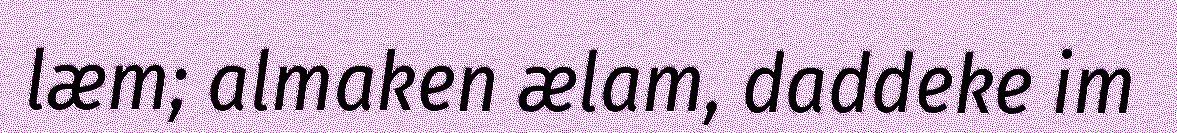
læm; almaken ælam, daddeke im